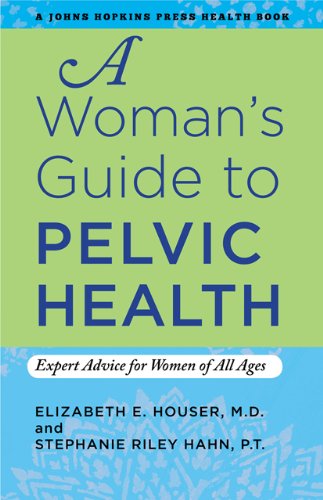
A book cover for A Woman's Guide to Pelvic Health: Expert Advice for Women of All Ages (A Johns Hopkins Press Health Book); Elizabeth E. Houser; Health, Fitness & Dieting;